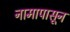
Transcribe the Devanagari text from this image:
नामापासून